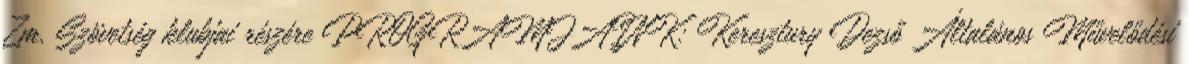
Zm. Szövetség klubjai részére PROGRAMJAINK: Keresztury Dezső Általános Művelődési